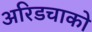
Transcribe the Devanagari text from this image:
अरिडचाको